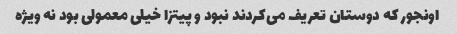
اونجور که دوستان تعریف می‌کردند نبود و پیتزا خیلی معمولی بود نه ویژه